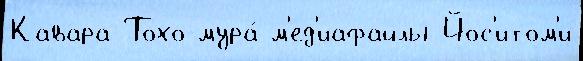
Кавара Тохо-мура́ м'ед'иафайлы Йос'итом'и